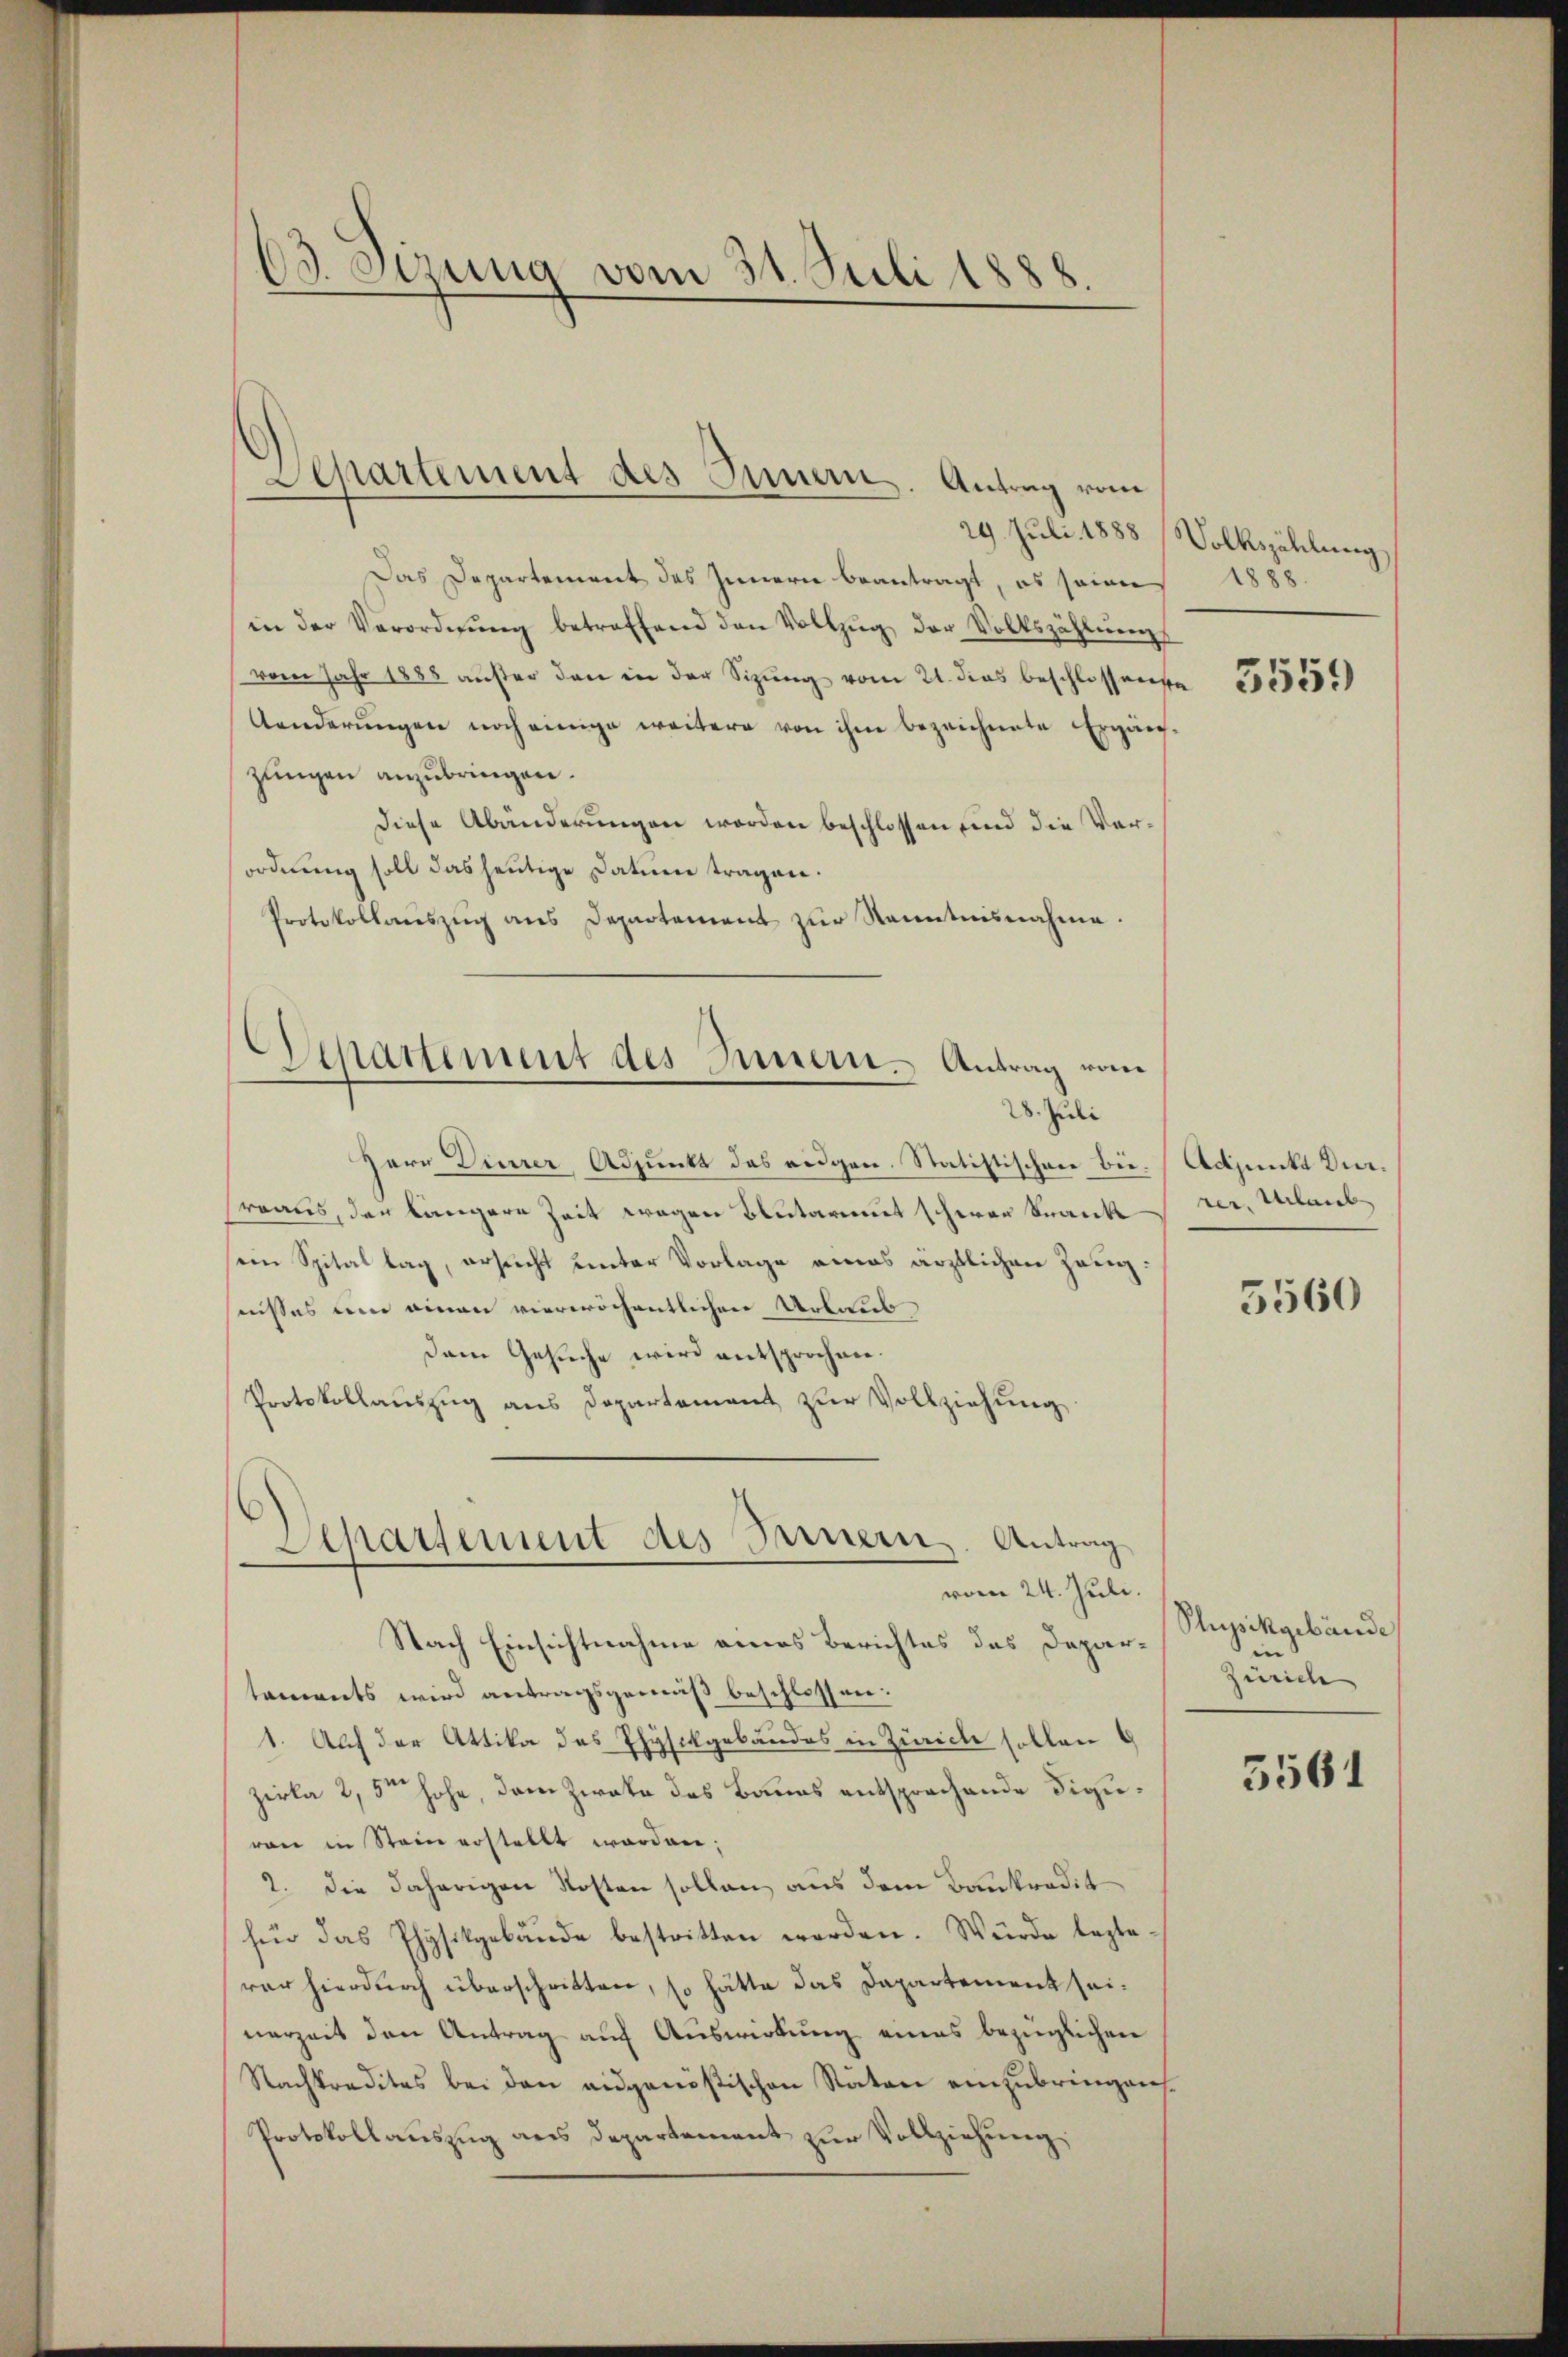
13. Sinung vom 31. Juli 1888
.

Das Departement des Innern beantragt, es seien
in der Verordnŭng betreffend den Vollzŭg der Volkszählŭng
vom Jahr 1888 außer den in der Sitzung vom 21. dies beschlossens
Aenderŭngen noch einige weitere von ihm bezeichnete Ergäng-
zungen anzubringen.
Diese Abänderungen worden beschlossen und die Verordnung soll das heutige Datum tragen.
Protokollaneszŭg ans Departement zŭr Kenntnisnahme.
Herr Diner Adjunkt das eidgen. Statistischen Büsrraus, der längere Zeit wegen Blutarmut scherer Krank
ein Spital lag, ersucht unter Vorlage eines ärztlichen Zeugfnisses um einen vierwöchentlichen Urlaub
Dem Gesuche wird entsprochen.
Protokollauszug aus Departement zŭr Vollziehung
Departement des Bauern, Antrag
vom 24. Juli.
Nach Einsichtnahme eines Berichtes das Departaments wird antragsgemäß beschlossen:
1. Auf der Attika des Physikgebäudes in Zürich sollen
zirka 2,5m hohe, dem Zirate des Baues entsprochende Figuran in Stein erstellt worden;
2. die daherigen Kosten sollen, aus dem Bankredit
für das Physikgebäude bestritten worden. Wurde beglerer hierdurch überschritten, so hätte das Dapartement seinerzeit den Antrag auf Auswirkung eines bezüglichen
Nachkredites bei den eidgenößischen Raten einzubringen.
Protokollauszug aus Departement zur Vollziehung,

Departement des Innern. Antrag vom

Departement des Innern - Antrag vom
28. Juli

29. Juli 1888 Volkszählung
1888

5559

Adjunkt durrer, Urlaub

5560

Pupikarbände
in
Zürich

5561